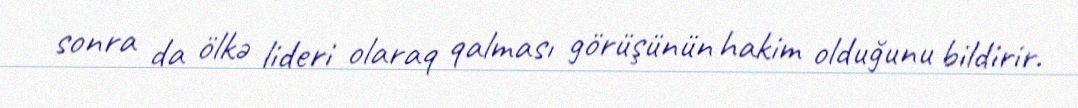
sonra da ölkə lideri olaraq qalması görüşünün hakim olduğunu bildirir.